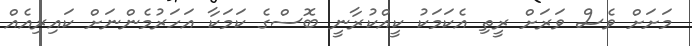
މަށަށް ވެސް ވަރަށް ރީތި އެކަމަކު ކީއްކުރާނީ ބޮސްގެ ކަމަކާ އަހަރުމެންނަށް ކައިރިއެއް